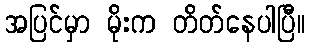
အပြင်မှာ မိုးက တိတ်နေပါပြီ။